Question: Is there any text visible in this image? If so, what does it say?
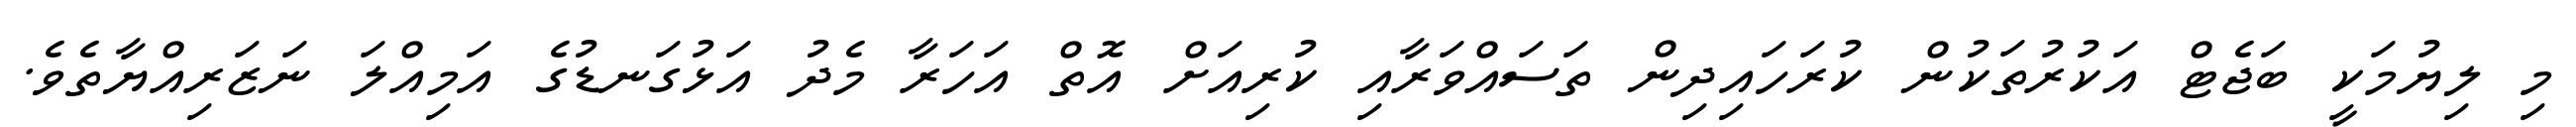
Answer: މި ލިޔުމަކީ ބަޖެޓް އަކުރުތަކުން ކުރަހައިދިން ތަސައްވަރާއި ކުރިއަށް އޮތް އަހަރާ މެދު އަޅުގަނޑުގެ އަމިއްލަ ނަޒަރިއްޔާތެވެ.